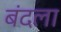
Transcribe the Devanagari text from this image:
बंदला